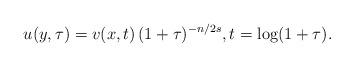
LaTeX: \begin{align*} u(y,\tau)=v(x,t)\,(1+\tau)^{-n/2s}, t= \log(1+ \tau).\end{align*}